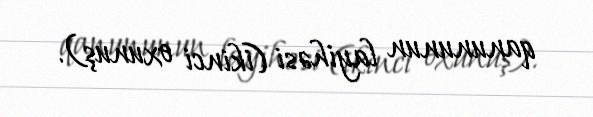
qanununun layihəsi (ikinci oxunuş).